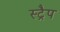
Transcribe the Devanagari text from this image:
स्ट्रैप